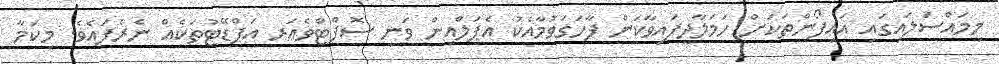
މިމައްސަލައިގައި އައިފޯންތަކަށް ހަމަލާދީފައިވާކަން ފާހަގަވުމާއެކު އެޕަލްއިން ވަނީ ސޮފްޓްވެއަރ އަޕްޑޭޓުތަކެއް ނެރެފައެވެ. މިކަމާ